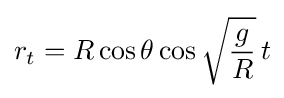
r_{t}=R\cos \theta \cos {\sqrt {\frac {g}{R}}}\,t